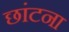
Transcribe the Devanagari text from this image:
छांटना